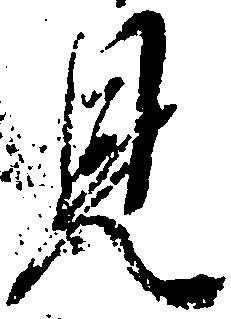
見